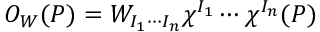
{ \cal O } _ { W } ( P ) = W _ { I _ { 1 } \cdots I _ { n } } \chi ^ { I _ { 1 } } \cdots \chi ^ { I _ { n } } ( P )